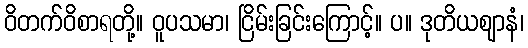
ဝိတက်ဝိစာရတို့။ ဝူပသမာ၊ ငြိမ်းခြင်းကြောင့်။ ပ။ ဒုတိယဈာနံ၊